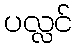
ပလ္လင်